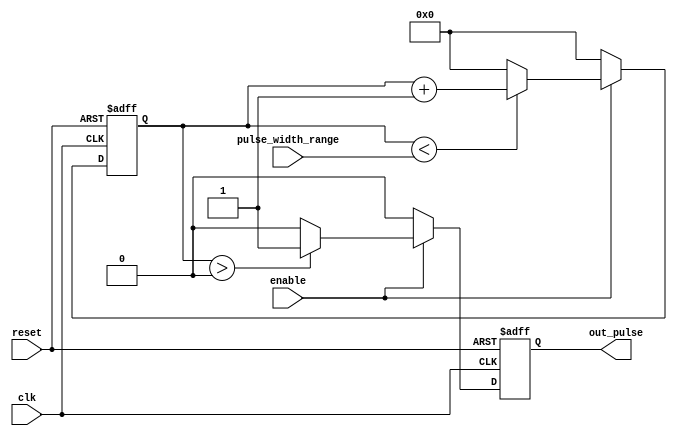
module variable_pulse_width_generator (
    input clk,
    input reset,
    input enable,
    input [7:0] pulse_width_range,
    output reg out_pulse
);

reg [7:0] counter;

always @(posedge clk or posedge reset) begin
    if (reset) begin
        counter <= 0;
        out_pulse <= 0;
    end else begin
        if (enable) begin
            if (counter < pulse_width_range) begin
                counter <= counter + 1;
            end else begin
                counter <= 0;
            end
            out_pulse <= counter > 0 ? 1 : 0;
        end else begin
            counter <= 0;
            out_pulse <= 0;
        end
    end
end

endmodule